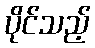
ပိုင်သည့်